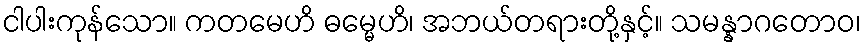
ငါပါးကုန်သော။ ကတမေဟိ ဓမ္မေဟိ၊ အဘယ်တရားတို့နှင့်။ သမန္နာဂတောဝ၊